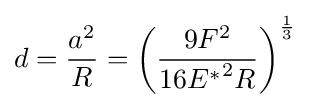
d={\frac {a^{2}}{R}}=\left({\frac {9F^{2}}{16{E^{*}}^{2}R}}\right)^{\frac {1}{3}}